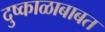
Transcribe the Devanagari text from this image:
दुष्काळाबाबत